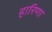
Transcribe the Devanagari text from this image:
हारिणा